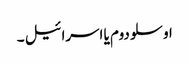
اوسلو دوم یا اسرائیل ۔